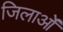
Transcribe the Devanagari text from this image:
जिलाओं